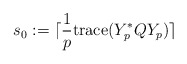
\begin{align*}s_0:=\lceil \frac1p{\rm trace} (Y_p^*QY_p)\rceil\end{align*}